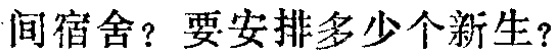
间宿舍？要安排多少个新生？